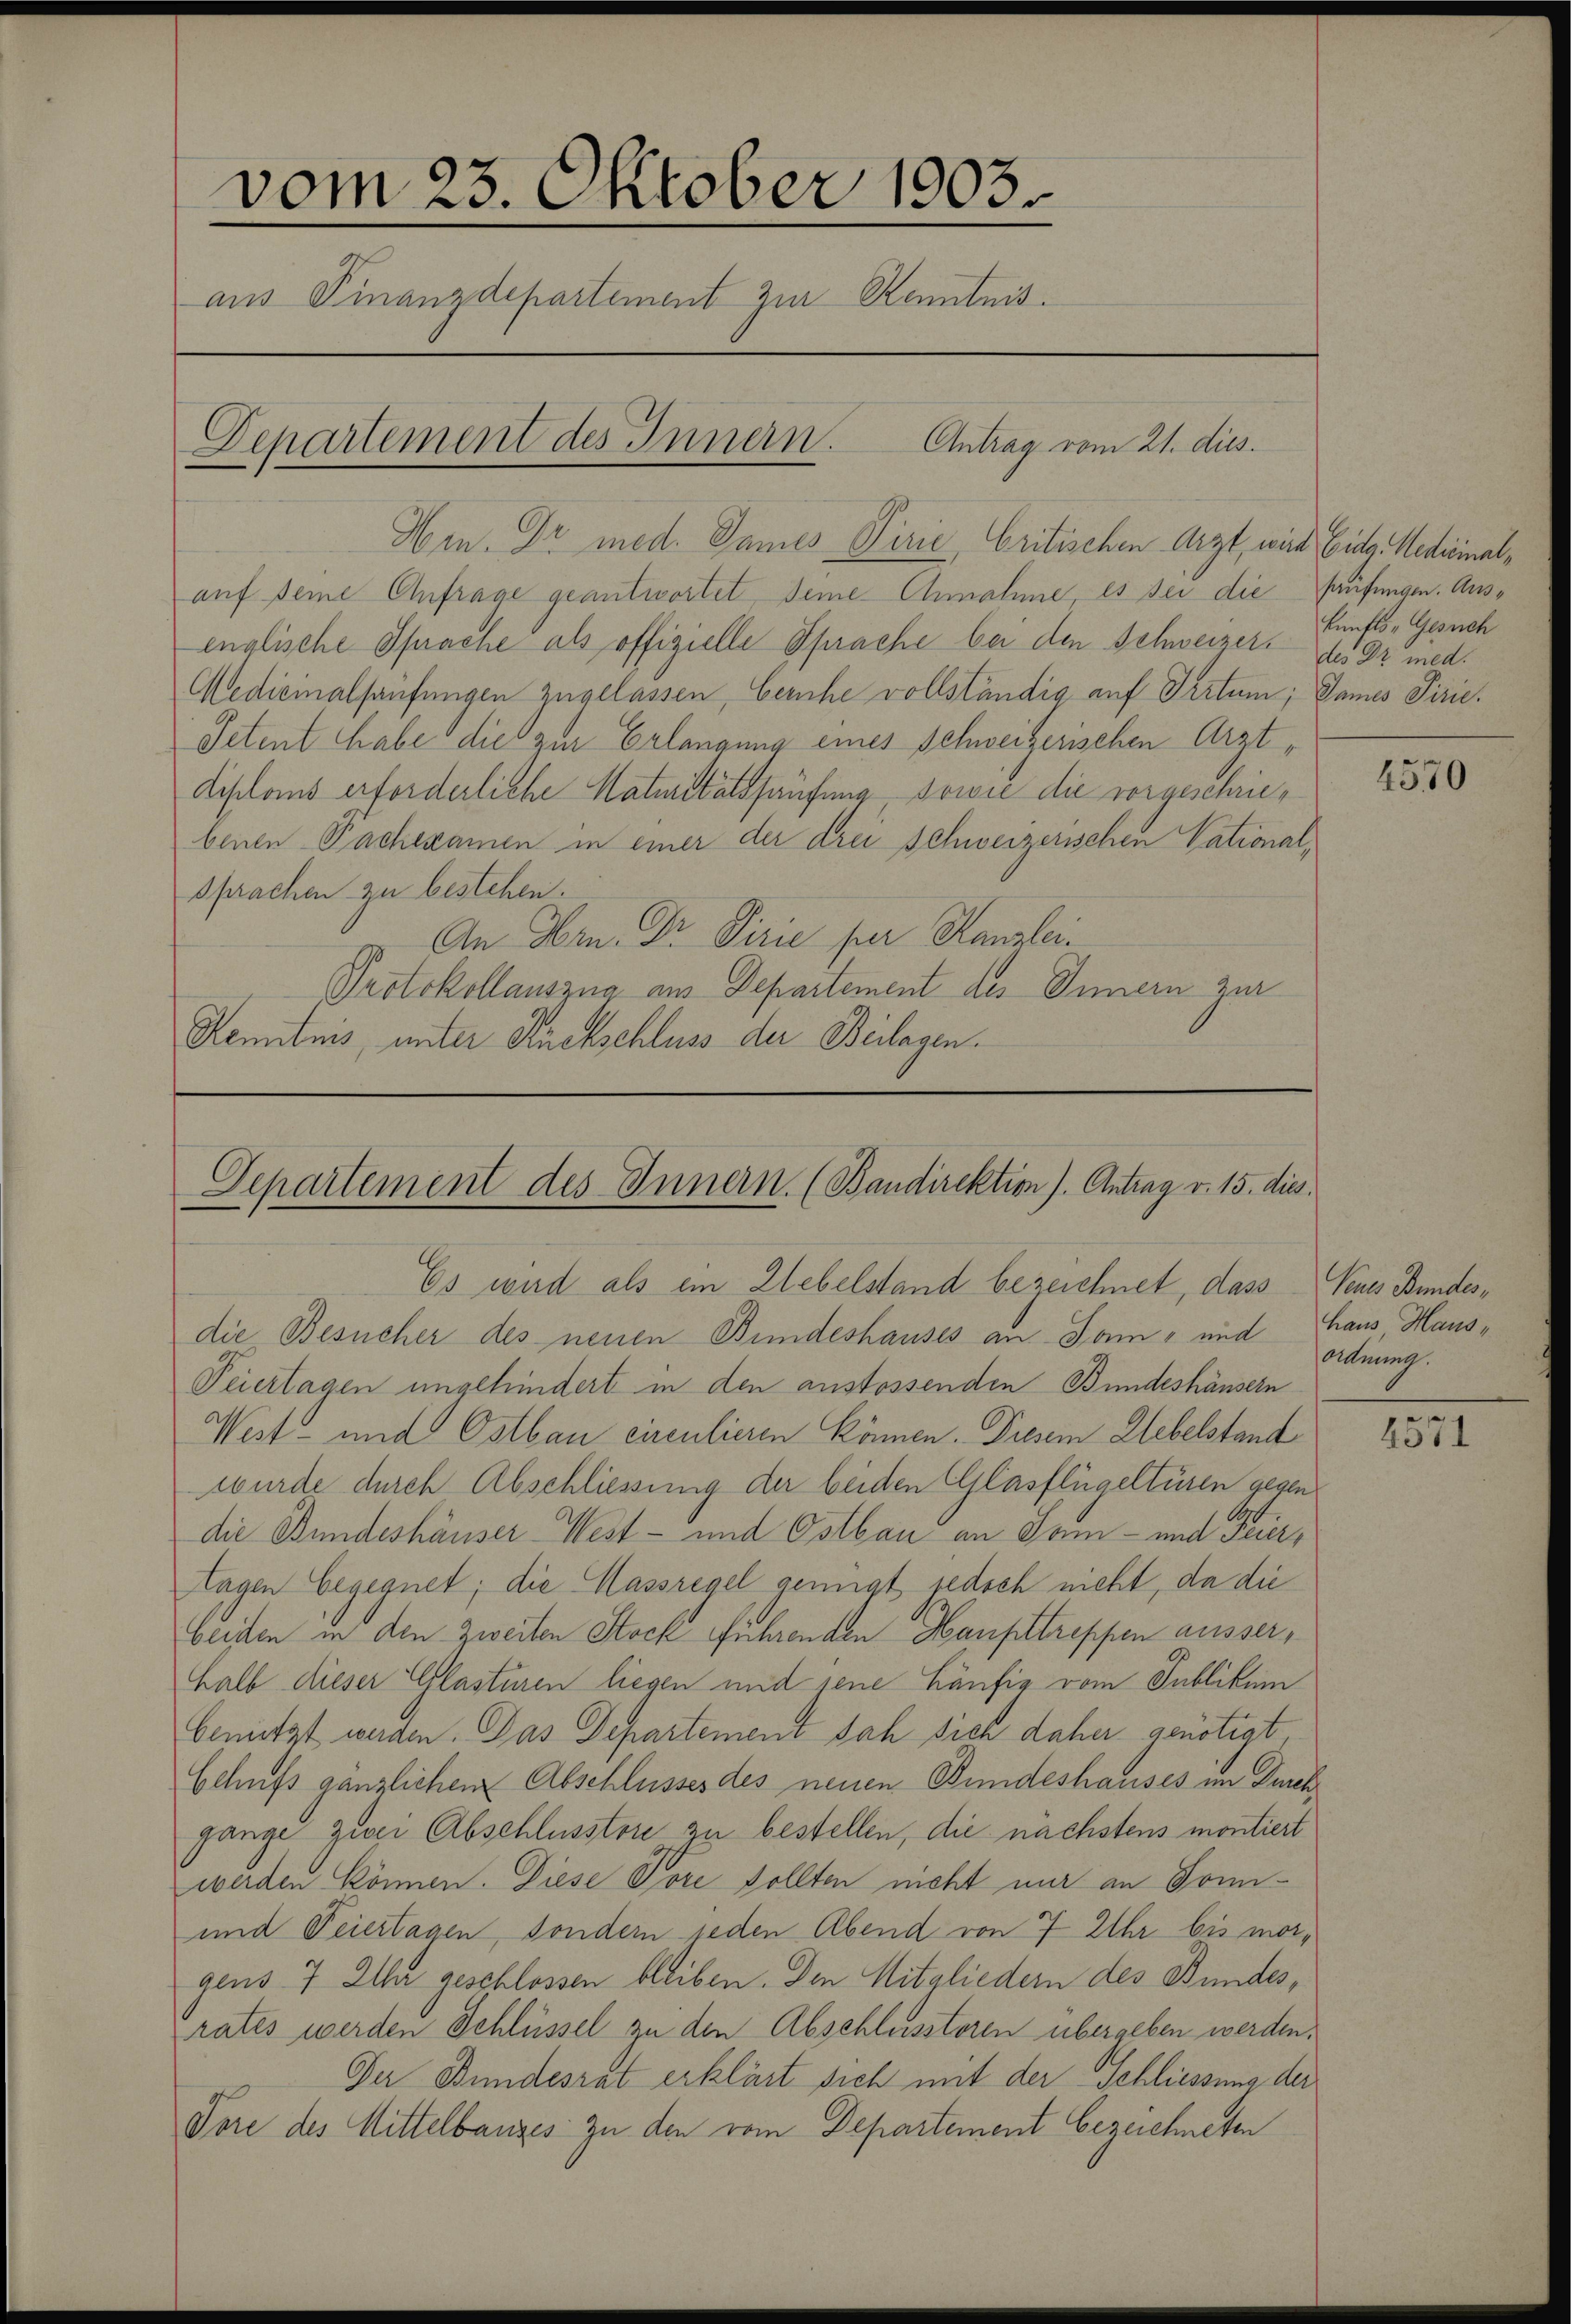
vom 23. Oktober 1903.
aus Finanzdepartement zur Kenntnis.
Departement des Innern. Antrag vom 21. dies

Departement des Innern. (Bandirektion). Antrag v. 15. dies

Es wird als ein Lebelstand bezeichnet, dass Neues Bundes¬

Hin. Dr med. James Virie, Critischen Arzt, wird Eidg. Medicinalauf seine Anfrage geantwortet seine Annahme, es sei die Prüfungen. Ausenglische Sprache als offizielle Sprache bei den Schweizer. des Dr. med.
Medicinalhaufungen zugelassen, beruhe vollständig auf Irrtum; James Piric¬
Setent habe die zur Erlangung eines Schweizerischen Arztdiploms erforderliche Naturitätshaufung sowie die vorgeschriebenen Pachexamen in einer der drei Schweizerischen Vationalsprachen zu bestehen.
An Hrn. Dr. Pirie per Kanzlei.
Protokollauszug aus Departement des Innern zur
Kenntnis, unter Rückschluss der Beilagen.

die Besucher des neuen Bundeshauses an Sonn- und haus Haus¬
Teiertagen ungehindert in den anstossenden Bundeshäusern
West- und Ostlau circulieren können. Diesem Uebelstand
wurde durch Abschliessung der beiden Clilasflügeltüren gegen
die Bundeshäuser West- und Ostbau an Jam- und Feier,
tagen begegnet; die Massregel genügt jedoch nicht, da die
beiden in den Zweiten Stock führenden Haupttreppen ausserhalb dieser Glasturen liegen und seine Häufig vom Publikum
benützt werden. Das Departement sah sich daher genötigt
Sehufs gänzlichen Abschlusses des neuen Bundeshauses im Durch
gange zwei Abschlusstore zu bestellen, die nächstens montiert
werden können. Diese Vore sollten nicht nur an Domi¬
und Feiertagen, sondern jeden Abend von 7 Uhr bis morgens 7 Uhr geschlossen bleiben. Den Mitgliedern des Bundes,
rates werden Schlüssel zu den Abschlussteren übergeben werden.
Der Bundesrat erklärt sich mit der Schliessung der
Tore des Mittelbauges zu den vom Departement bezeichneten

kunfts-Gesuch

4570

Ordnung.

e
4511